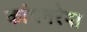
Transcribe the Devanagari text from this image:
कांचनरेषा